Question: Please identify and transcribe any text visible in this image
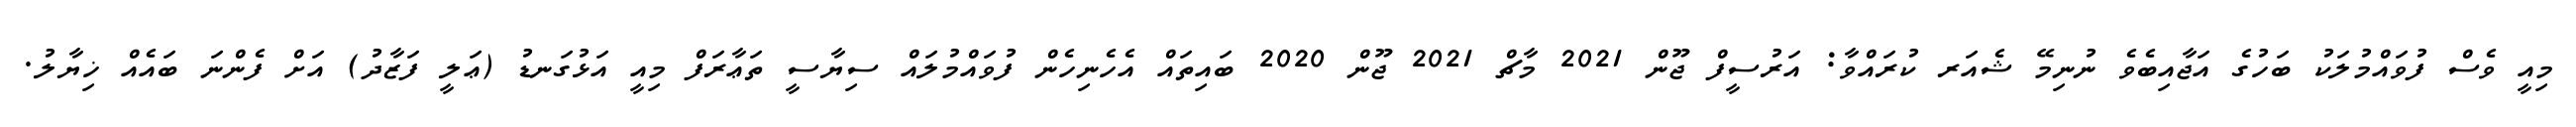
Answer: މިއީ ވެސް ފުވައްމުލަކު ބަހުގެ އަޖާއިބެވެ ނުނިމޭ ޝެއަރ ކުރައްވާ: އަރުސީފް ޖޫން 2021 މާޗް 2021 ޖޫން 2020 ބައިތައް އެހެނިހެން ފުވައްމުލައް ސިޔާސީ ތަޢާރަފް މިއީ އަޅުގަނޑު (ޢަލީ ފަޒާދު) އަށް ފެންނަ ބައެއް ޚިޔާލު.